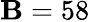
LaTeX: \mathbf{B}=58